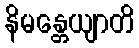
နိမန္တေယျာတိ